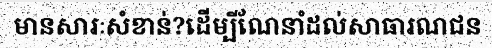
មានសារៈសំខាន់?ដើម្បីណែនាំដល់សាធារណជន